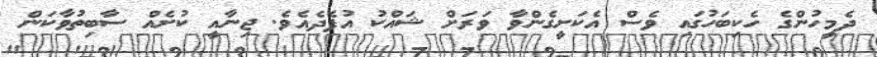
ދެމީހުންގެ ހެކިބަހުގައި ވެސް އެކަށީގެންވާ ވަރަށް ޝައްކު އުފެދެއެވެ. ޖިނާއީ ކުށެއް ސާބިތުވާކަން